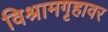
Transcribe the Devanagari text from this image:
विश्रामगृहावर